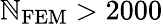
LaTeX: \mathbb{N}_{\mathrm{{FEM}}}>2000